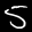
Label: 5